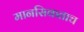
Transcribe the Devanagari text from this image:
मानसिकताच